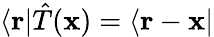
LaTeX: \langle\mathbf{r}|{\hat{T}}(\mathbf{x})=\langle\mathbf{r}-\mathbf{x}|